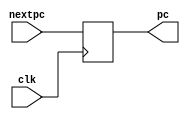
`timescale 1ns / 1ps
module PCV(
input [31:0] nextpc,
input clk,
output reg [31:0] pc);
initial pc = 32'b1100100; 
always @(posedge clk)
    begin
        pc = nextpc;
    end
endmodule